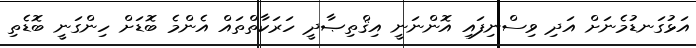
އަޅުގަނޑުމެނަށް އަދި ވިސްނިފައި އޮންނަނީ އިޤްތިޞާދީ ހަރަކާތްތައް އެންމެ ބޮޑަށް ހިންގަނީ ބޮޑެތި